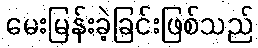
မေးမြန်းခဲ့ခြင်းဖြစ်သည်